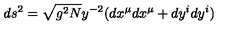
d s ^ { 2 } = \sqrt { g ^ { 2 } N } y ^ { - 2 } ( d x ^ { \mu } d x ^ { \mu } + d y ^ { i } d y ^ { i } )